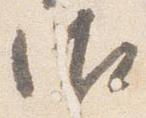
御